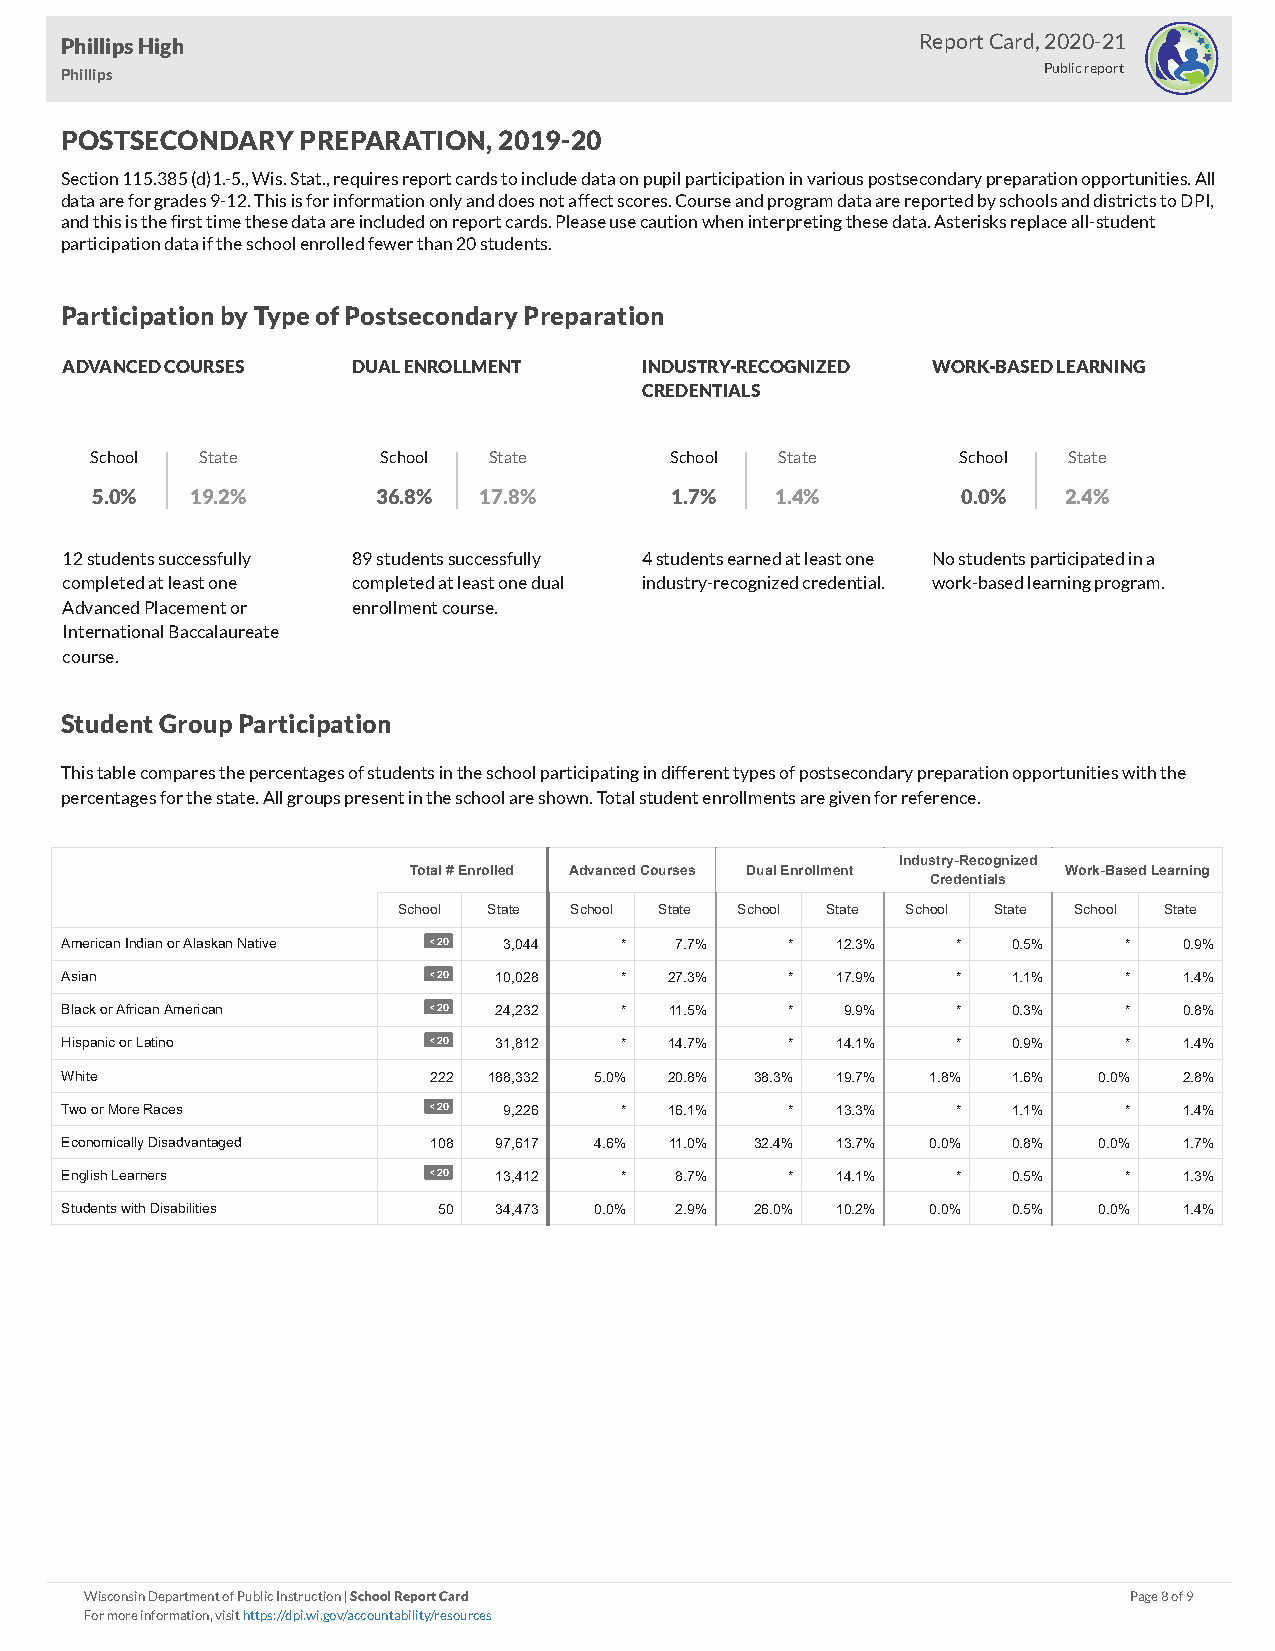
Phillips High                                            Report Card, 2020-21
 Phillips                                                         Public report
 POSTSECONDARY   PREPARATION, 2019-20
 Section 115.385 (d)1.-5., Wis. Stat., requires report cards to include data on pupil participation in various postsecondary preparation opportunities. All
 data are for grades 9-12. This is for information only and does not affect scores. Course and program data are reported by schools and districts to DPI,
 and this is the first time these data are included on report cards. Please use caution when interpreting these data. Asterisks replace all-student
 participation data if the school enrolled fewer than 20 students.
 Participation by Type of Postsecondary Preparation
 ADVANCED COURSES   DUAL ENROLLMENT    INDUSTRY-RECOGNIZED WORK-BASED LEARNING
 CREDENTIALS
 School State       School State       School  State       School State
 5.0%   19.2%       36.8%  17.8%       1.7%   1.4%         0.0%  2.4%
 12 students successfully 89 students successfully 4 students earned at least one No students participated in a
 completed at least one completed at least one dual industry-recognized credential. work-based learning program.
 Advanced Placement or enrollment course.
 International Baccalaureate
 course.
 Student Group Participation
 This table compares the percentages of students in the school participating in different types of postsecondary preparation opportunities with the
 percentages for the state. All groups present in the school are shown. Total student enrollments are given for reference.
 Industry-Recognized
 Total # Enrolled Advanced Courses Dual Enrollment Work-Based Learning
 Credentials
 School State School State School State School State School State
 American Indian or Alaskan Native < 20 3,044 * 7.7% * 12.3% *  0.5%   *   0.9%
 Asian                   < 20 10,028  *  27.3%   *  17.9%   *   1.1%   *   1.4%
 Black or African American < 20 24,232 * 11.5%   *   9.9%   *   0.3%   *   0.8%
 Hispanic or Latino      < 20 31,812  *  14.7%   *  14.1%   *   0.9%   *   1.4%
 White                   222 188,332 5.0% 20.8% 38.3% 19.7% 1.8% 1.6% 0.0% 2.8%
 Two or More Races       < 20 9,226   *  16.1%   *  13.3%   *   1.1%   *   1.4%
 Economically Disadvantaged 108 97,617 4.6% 11.0% 32.4% 13.7% 0.0% 0.8% 0.0% 1.7%
 English Learners        < 20 13,412  *   8.7%   *  14.1%   *   0.5%   *   1.3%
 Students with Disabilities 50 34,473 0.0% 2.9% 26.0% 10.2% 0.0% 0.5% 0.0% 1.4%
 Wisconsin Department of Public Instruction | School Report Card      Page 8 of 9
 For more information, visit https://dpi.wi.gov/accountability/resources